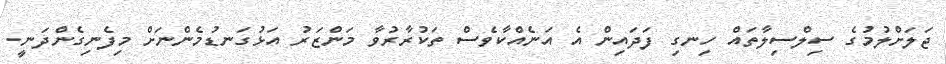
ޖަލަށްލުމުގެ ސިލްސިލާތައް ހިނގި ފަދައިން އެ އަނެެއްކާވެސް ތަކުރާރުވާ މަންޒަރު އަޅުގަނޑުމެންނަށް މިފެނިގެންދަނީ.